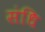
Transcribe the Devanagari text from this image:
संधि